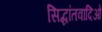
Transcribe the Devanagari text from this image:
सिद्धांतवादिओ